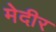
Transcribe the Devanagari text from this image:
मेदीर